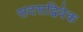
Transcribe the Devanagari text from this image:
सदसद्विवेक